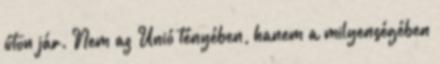
úton jár. Nem az Unió tényében, hanem a milyenségében